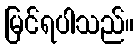
မြင်ရပါသည်။